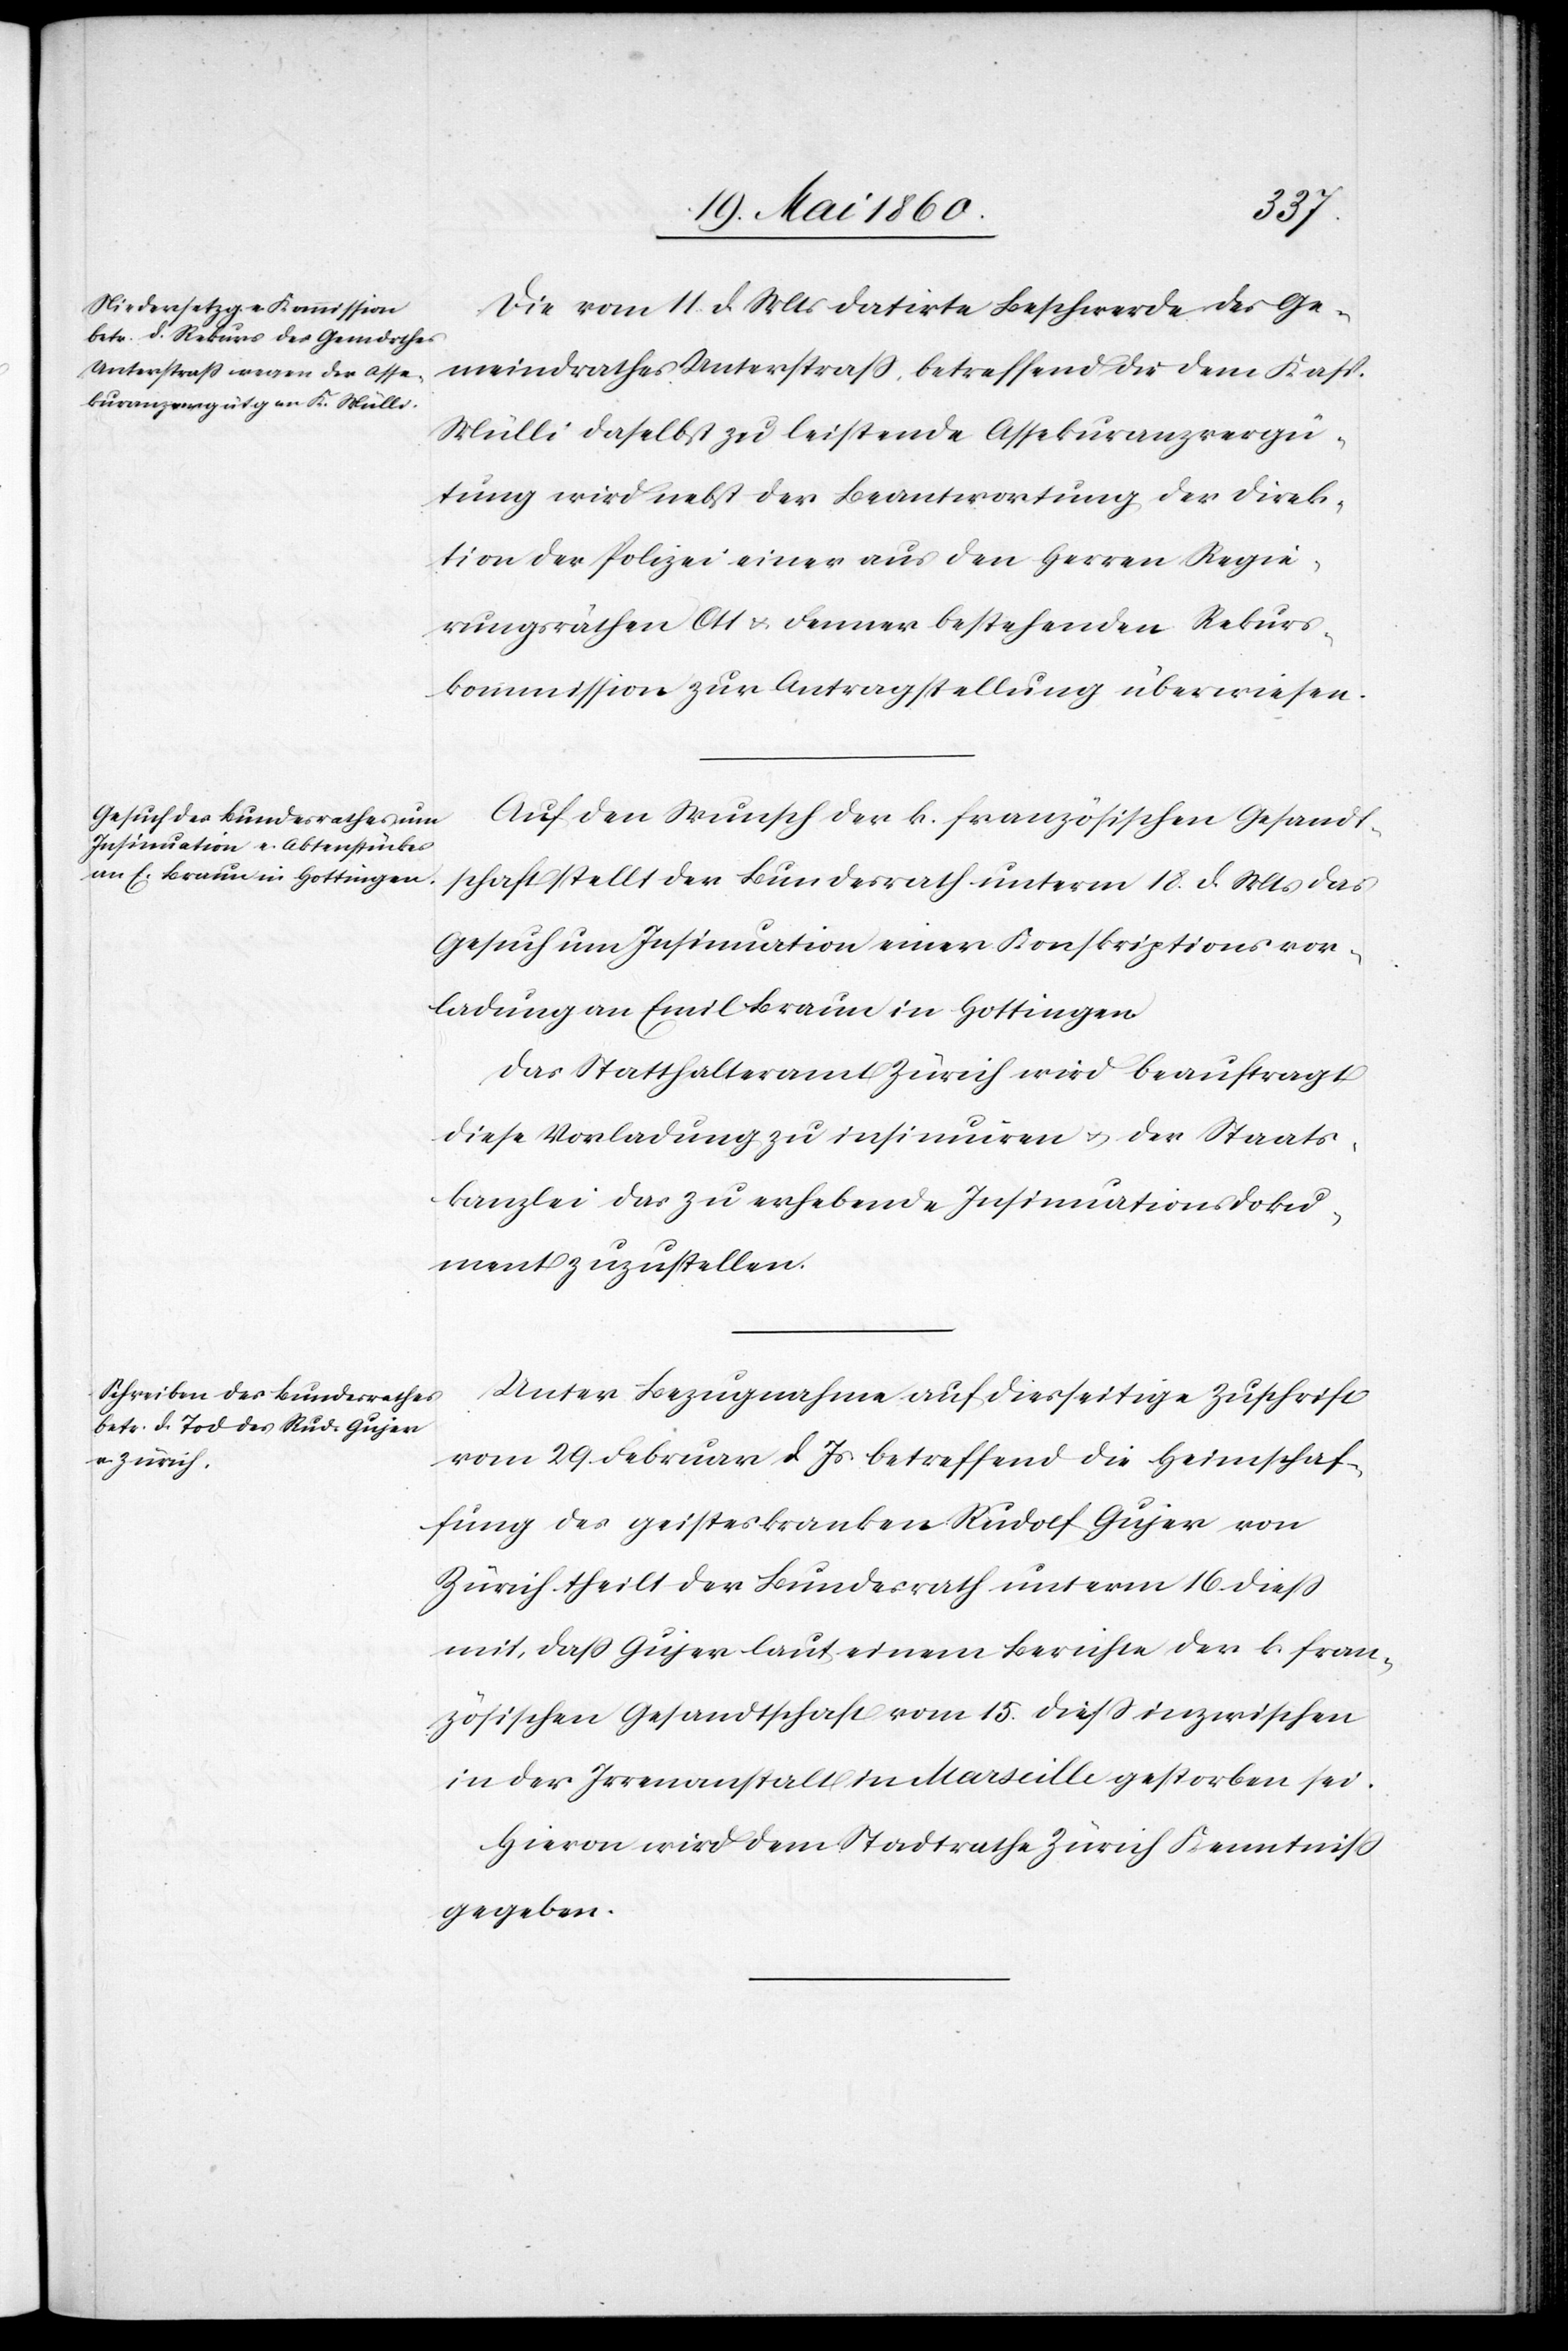
Die vom 11. d. Mts. datirte Beschwerde des Ge¬
meindrathes Unterstrass, betreffend die dem Kasp.
Mülli daselbst zu leistende Assekuranzvergü¬
tung wird nebst der Beantwortung der Direk¬
tion der Polizei einer aus den Herren Regie¬
rungsräthen Ott u. Fenner bestehenden Rekurs¬
kommission zur Antragstellung überwiesen.
Auf den Wunsch der k. französischen Gesandt¬
schaft stellt der Bundesrath unterm 18. d. Mts. das
Gesuch um Insinuation einer Konskriptionsvor¬
ladung an Emil Braun in Hottingen.
Das Statthalteramt Zürich wird beauftragt,
diese Vorladung zu insinuiren u. der Staats¬
kanzlei das zu erhebende Insinuationsdoku¬
ment zuzustellen.
Unter Bezugnahme auf diesseitige Zuschrift
vom 29. Februar d. Js. betreffend die Heimschaf¬
fung des geisteskranken Rudolf Gujer von
Zürich theilt der Bundesrath unterm 16. diess
mit, dass Gujer laut einem Berichte der k. fran¬
zösischen Gesandtschaft vom 15. diess inzwischen
in der Irrenanstalt in Marseille gestorben sei.
Hievon wird dem Stadtrathe Zürich Kenntniss
gegeben.